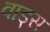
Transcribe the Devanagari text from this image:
वाड्स